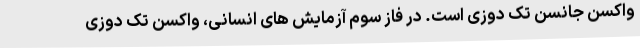
واکسن جانسن تک دوزی است. در فاز سوم آزمایش های انسانی، واکسن تک دوزی